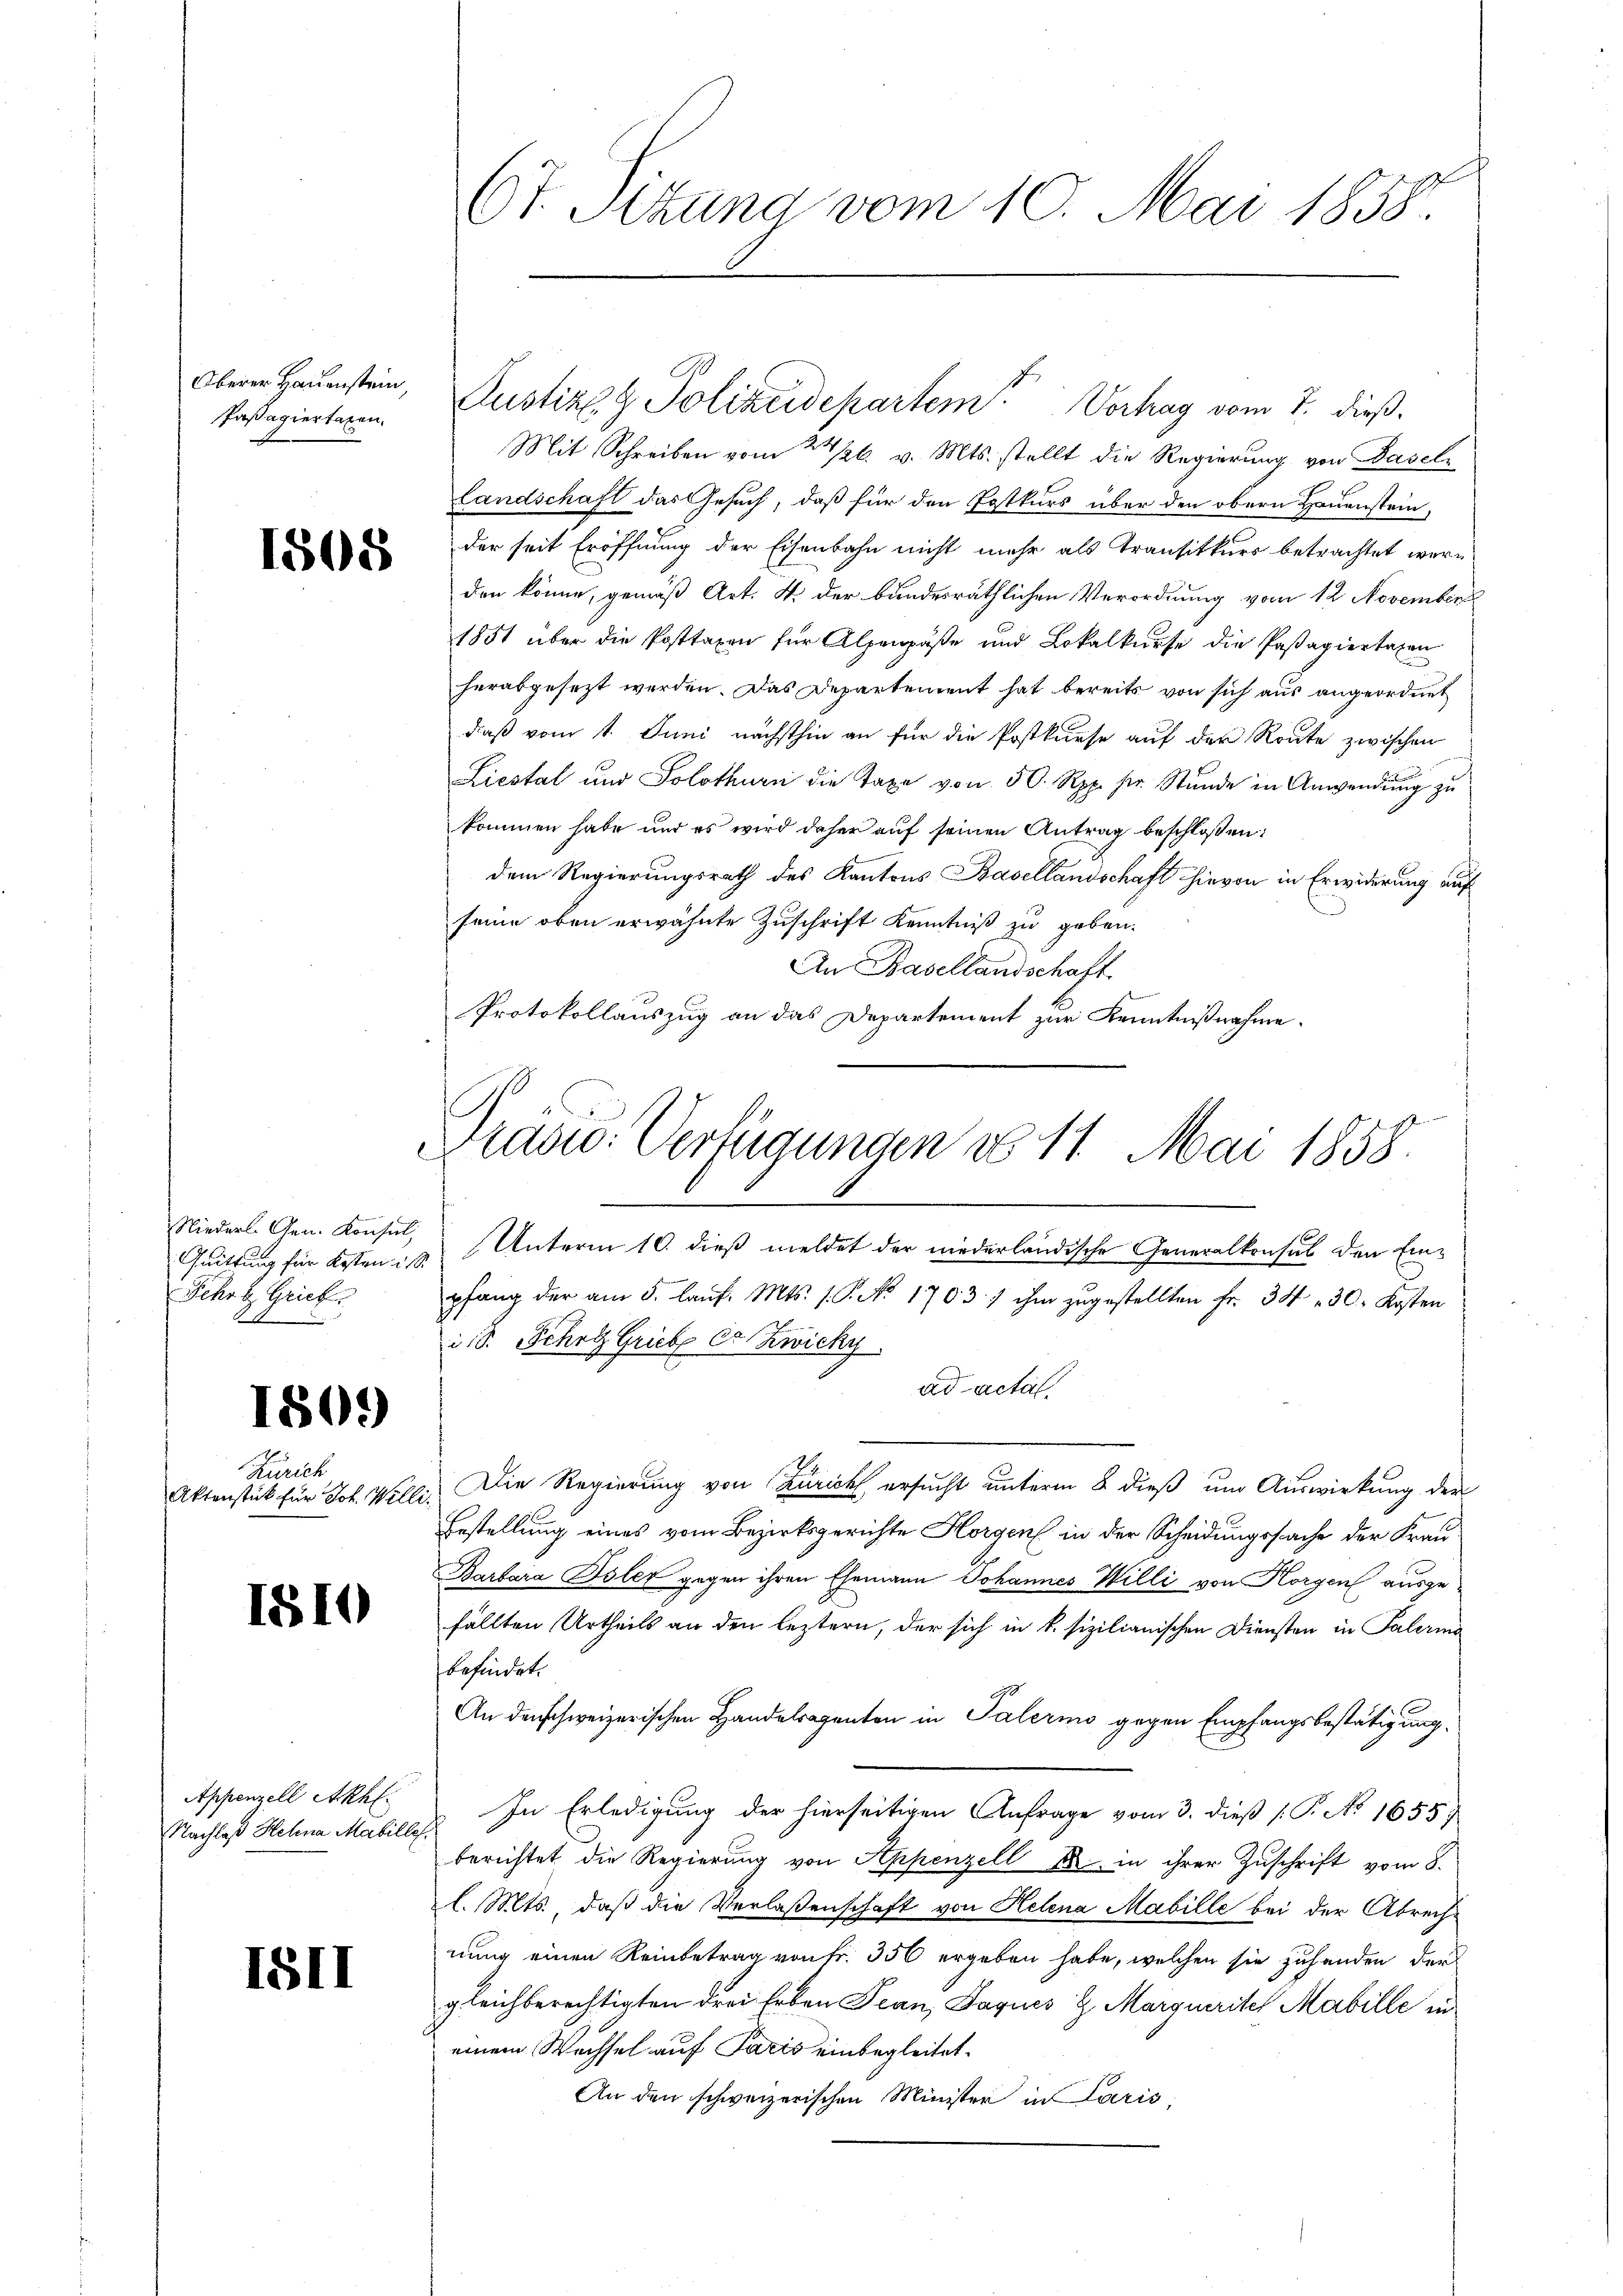
Oberer Hauenstein
Paßapiertaten.

1508

Niederl. Gen. Konsul,
Quittung für Kosten u.
Fehr b. Grieb
A 1

1801

Zürich
Aktenstück für Joh. Willi

1810

Appenzell Akhl.
Nachlaß Hehna Mabille

15II

Justiz & Polizeidepartem Vorhag vom 7. dieß,
Mit Schreiben vom 22/26. v. Mts. stellt die Regierung von Basel¬
Landschaft das Gesuch, daß für den Postkurs über den obern Hauenstein,
der seit Eröffnung der Eisenbahn nicht mehr als Transitkurs betrachtet werden könne, gemäß Art. 4. der bundesräthlichen Verordnung vom 12 November
1851 über die Posttaxen für Alpenpäße und Lokalkurse die Pastagiertaxen
herabgesezt werden. Das Departement hat bereits von sich aus angeordnet
daß vom 1. Juni nächsthin an für die Postkurse auf der Route zwischen
Liestal und Solothurn die Taxe von 50. Rpp. pr. Stŭnde in Anwendŭng zŭ
kommen habe und es wird daher auf seinen Antrag beschlossen:
dem Regierungsrath des Kantons Basellandschaft hievon in Erwiderung auf
seine oben erwähnte Zuschrift Kenntniß zu geben.
An Basellandschaft.
Protokollauszug an das Departement zur Kenntnißnahme.

Ct. Sizung vom 10. Mai 1858.

s

Prase Verfügungen No 11. Mai 1858.

Unterm 10. dieß meldet der niederländische Generalkonsul den Einpfang der am 5. lauf. Mts. 1. P. No. 1703. 7 ihm zugestellten Fr. 34 - 30. Kosten
i. S. Schrg Grieb er Zwicky
ad actal.
Die Regierung von Zürich ersucht unterm 2 dieß um Auswirkung der
Bestellung eines vom Bezirksgerichte Horgen in der Scheidungssache der Frau
Barbara Isler gegen ihren Ehemann Johannes Willi von Horgen ausgefällten Urtheils an den leztern, der sich in k. sizilianischen Diensten in Paleris
befindet.
An denschweizerischen Handelsagenten in Palermo gegen Empfangsbestätigung.
 In Erledigung der hierseitigen Anfrage vom 3. dieß (T. No. 1655)
berichtet die Regierung von Appenzell A. in ihrer Zuschrift vom 8.
l. Mts., daß die Verlassenschaft von Helena Mabille bei der Abrechnung einen Reinbetrag von Fr. 356 ergeben habe, welchen sie zuhanden der
gleichberechtigten drei Erben Jean, Jaques H. Margiuritel Mabille in
einem Wechsel auf Paris einbegleitet.
An den schweizerischen Minister in Paris